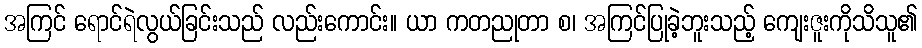
အကြင် ရောင်ရဲလွယ်ခြင်းသည် လည်းကောင်း။ ယာ ကတညုတာ စ၊ အကြင်ပြုခဲ့ဘူးသည့် ကျေးဇူးကိုသိသူ၏